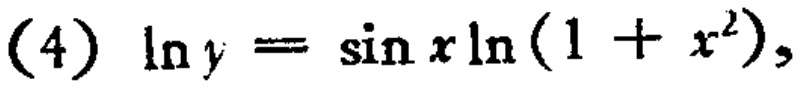
\((4)\ \ln y = \sin x\ln(1 + x^{2})\)